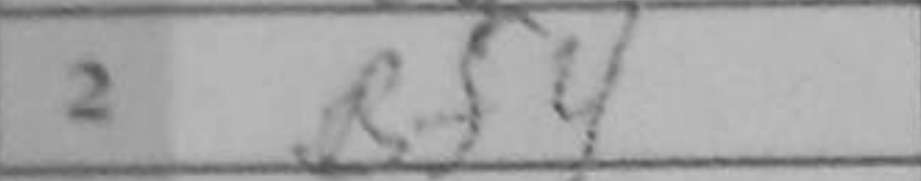
Transcription: Bf4